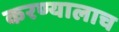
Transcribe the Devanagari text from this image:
करण्यालाच